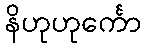
နိဟုဟုင်္ကော